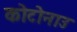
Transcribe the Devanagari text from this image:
कोटोनाउ